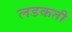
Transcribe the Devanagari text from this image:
लडकती